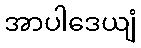
အာပါဒေယျံ